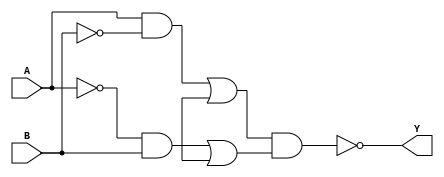
module XOR_gate(
    input A,
    input B,
    output Y
);

wire nMOS_out_A, nMOS_out_B, pMOS_out_A, pMOS_out_B;

assign nMOS_out_A = A & !B;
assign nMOS_out_B = !A & B;
assign pMOS_out_A = nMOS_out_A | Vdd;
assign pMOS_out_B = nMOS_out_B | Vdd;
assign Y = !(pMOS_out_A & pMOS_out_B);

endmodule